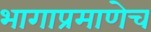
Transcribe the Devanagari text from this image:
भागाप्रमाणेच